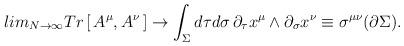
LaTeX: \begin{align*}lim _{N\rightarrow \infty}Tr\left[ \,A^\mu, A^\nu\,\right]\rightarrow \int_\Sigma d\tau d\sigma\,\partial_\tau x^\mu\wedge \partial_\sigma x^\nu\equiv \sigma^{\mu\nu}(\partial\Sigma ) .\end{align*}